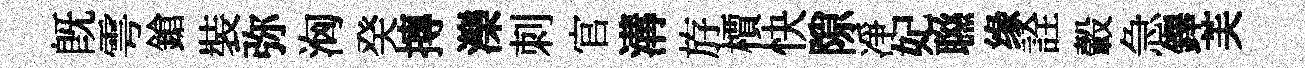
旣雩鎗裝弥洶癸摶濼刺官溝斿檟快隙凈妃聮缘詮轂急鐸芙